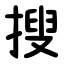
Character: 搜